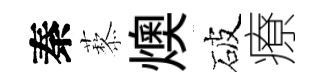
秦藜燠破療